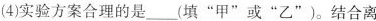
(4)实验方案合理的是___(填”甲”或”乙”)。结合离